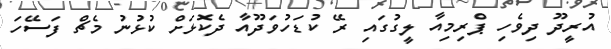
އުރީދޫ ދިވެހި ޕްރިމިއާ ލީގުގައި ރޭ ކުޑަހުވަދޫއާ ދެކޮޅަށް ކުޅުނު މެޗް ފަސޭހަ